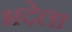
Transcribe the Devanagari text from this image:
भदेला